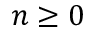
n \geq 0